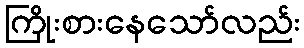
ကြိုးစားနေသော်လည်း